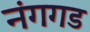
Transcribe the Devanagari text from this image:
नंगगड